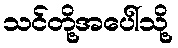
သင်တို့အပေါ်သို့